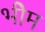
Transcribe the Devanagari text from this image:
भीेम